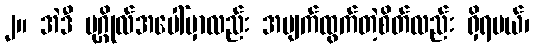
၂။ အဲဒီ ပုဂ္ဂိုလ်အပေါ်မှာလည်း အမျက်ထွက်တဲ့စိတ်လည်း ရှိရမယ်၊